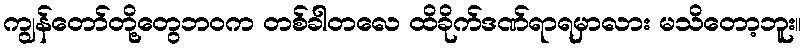
ကျွန်တော်တို့တွေဘဝက တစ်ခါတလေ ထိခိုက်ဒဏ်ရာရမှာလား မသိတော့ဘူး။